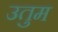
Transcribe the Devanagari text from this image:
उतुम